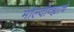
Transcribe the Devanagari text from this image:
मोल्दोव्ह्याचे